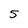
Character: 5